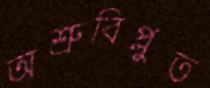
অশ্রুবিপ্লুত